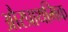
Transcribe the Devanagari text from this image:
औरप्राथमिक